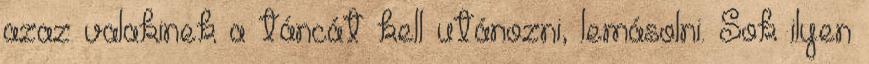
azaz valakinek a táncát kell utánozni, lemásolni. Sok ilyen